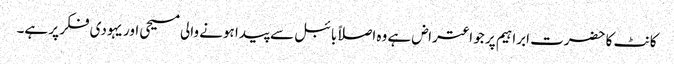
کانٹ کا حضرت ابراہیم پر جو اعتراض ہے وہ اصلاًبائبل سے پیدا ہونے والی مسیحی اور یہودی فکر پر ہے۔